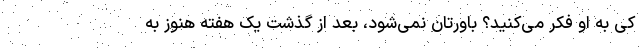
کی به او فکر می‌کنید؟ باورتان نمی‌شود، بعد از گذشت یک هفته هنوز به